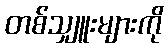
တစ်သျှူးများကို